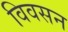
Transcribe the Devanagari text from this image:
विवसन